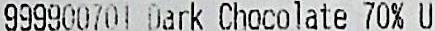
999900701 DARK CHOCOLATE 70% U